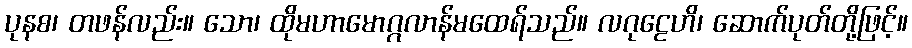
ပုနစ၊ တဖန်လည်း။ သော၊ ထိုမဟာမောဂ္ဂလာန်မထေရ်သည်။ လဂုဠေဟိ၊ ဆောက်ပုတ်တို့ဖြင့်။